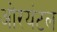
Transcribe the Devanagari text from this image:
ओरयंटल